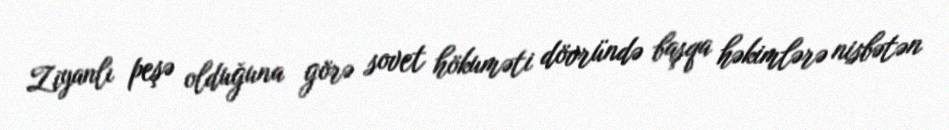
Ziyanlı peşə olduğuna görə sovet hökuməti dövründə başqa həkimlərə nisbətən